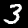
Label: 3